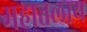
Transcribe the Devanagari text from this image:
महातलाय